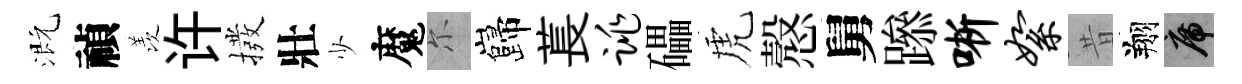
溉禎羡许撥壯少魔尓巋萇跳礧虎慤舅𨅶晰絮昔翔席